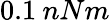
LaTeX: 0.1\: nNm